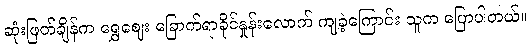
ဆုံးဖြတ်ချိန်က ရွှေဈေး ခြောက်ရာခိုင်နှုန်းလောက် ကျခဲ့ကြောင်း သူက ပြောပါတယ်။